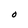
Character: O